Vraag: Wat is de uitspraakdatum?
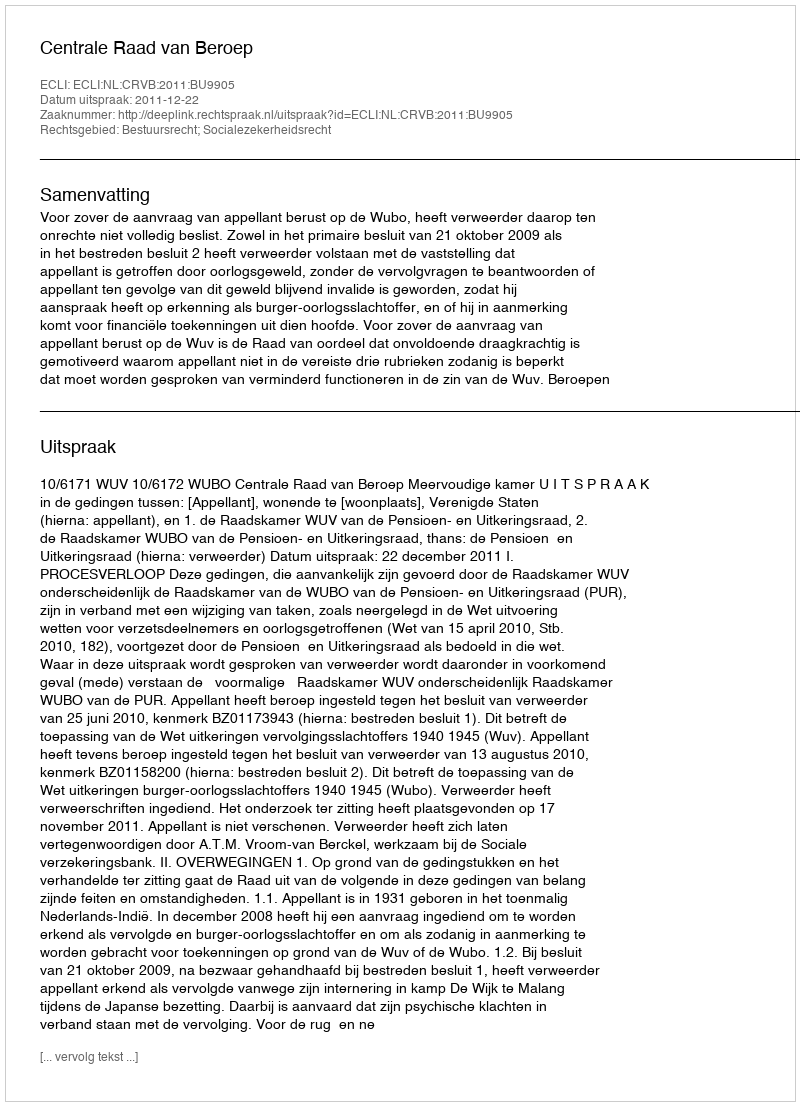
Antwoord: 2011-12-22